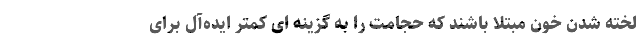
لخته شدن خون مبتلا باشند که حجامت را به گزینه ای کمتر ایده‌آل برای